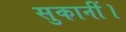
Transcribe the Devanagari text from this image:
सुकानीं।